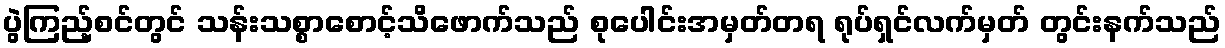
ပွဲကြည့်စင်တွင် သန်းသစ္စာစောင့်သိဖောက်သည် စုပေါင်းအမှတ်တရ ရုပ်ရှင်လက်မှတ် တွင်းနက်သည်